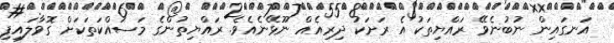
އަނގައިން ނުބުނެވޭ ރައްޔިތަކު އެ ރަށަކު ދިރިއެއް ނޫޅޭނެއެވެ. ރައްޔިތުންގެ މަސައްކަތަކަށް ގޮވާލައިފި